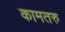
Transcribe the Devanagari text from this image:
कामतरु